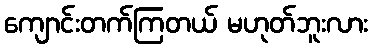
ကျောင်းတက်ကြတယ် မဟုတ်ဘူးလား